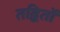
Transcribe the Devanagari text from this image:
तद्वितों